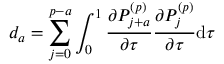
d _ { a } = \sum _ { j = 0 } ^ { p - a } \int _ { 0 } ^ { 1 } \frac { \partial P _ { j + a } ^ { ( p ) } } { \partial \tau } \frac { \partial P _ { j } ^ { ( p ) } } { \partial \tau } \mathrm { d } \tau